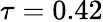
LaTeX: \tau=0.42